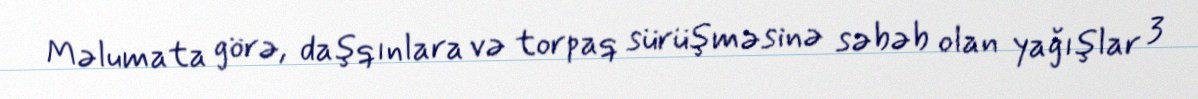
Məlumata görə, daşqınlara və torpaq sürüşməsinə səbəb olan yağışlar 3